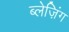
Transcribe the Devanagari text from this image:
ब्लेज़िंग